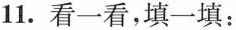
11. 看一看，填一填：